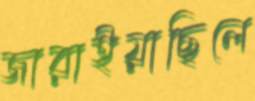
জারাইয়াছিলে